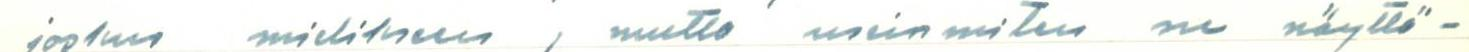
joskus mielikseen, mutta usein miten ne näyttä-